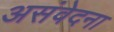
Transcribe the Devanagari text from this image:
असंवेदना